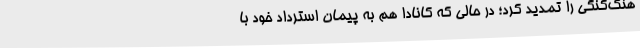
هنگ‌کنگی را تمدید کرد؛ در حالی که کانادا هم به پیمان استرداد خود با